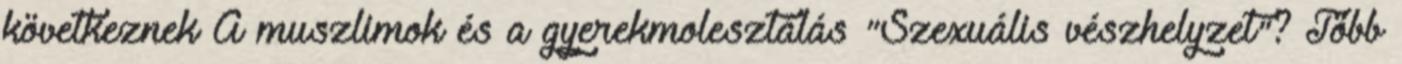
következnek A muszlimok és a gyerekmolesztálás "Szexuális vészhelyzet"? Több